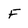
Character: f